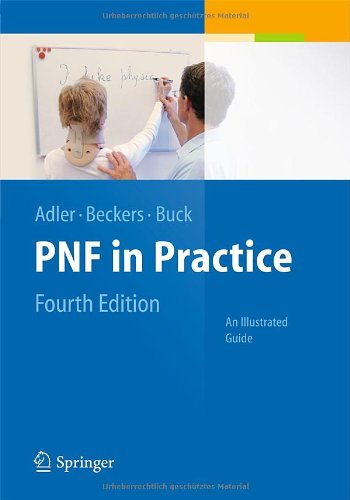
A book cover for PNF in Practice: An Illustrated Guide; Susan Adler; Medical Books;